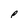
Character: p